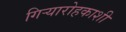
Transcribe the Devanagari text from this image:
गिऱ्यारोहकाशी